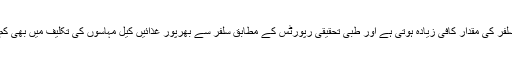
پیاز میں سلفر کی مقدار کافی زیادہ ہوتی ہے اور طبی تحقیقی رپورٹس کے مطابق سلفر سے بھرپور غذائیں کیل مہاسوں کی تکلیف میں بھی کم لاتی ہیں۔